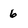
Character: 6